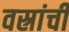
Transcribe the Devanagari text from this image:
वस्रांचीं